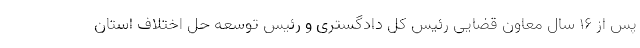
پس از ۱۶ سال معاون قضایی رئیس کل دادگستری و رئیس توسعه حل اختلاف استان